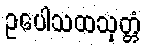
ဥပေါသထသုတ္တံ